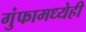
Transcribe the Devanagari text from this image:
गुंफामध्येही